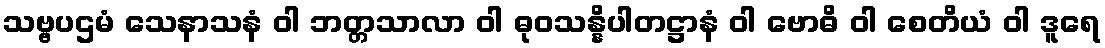
သဗ္ဗပဌမံ သေနာသနံ ဝါ ဘတ္တသာလာ ဝါ ဓုဝသန္နိပါတဋ္ဌာနံ ဝါ ဗောဓိ ဝါ စေတိယံ ဝါ ဒူရေ